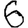
Digit: 6